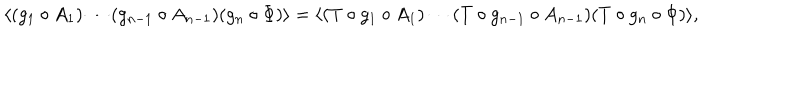
LaTeX: \langle ( g _ { 1 } \circ A _ { 1 } ) \cdots ( g _ { n - 1 } \circ A _ { n - 1 } ) ( g _ { n } \circ \Phi ) \rangle = \langle ( T \circ g _ { 1 } \circ A _ { 1 } ) \cdots ( T \circ g _ { n - 1 } \circ A _ { n - 1 } ) ( T \circ g _ { n } \circ \Phi ) \rangle ,